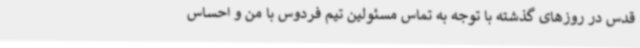
قدس در روزهای گذشته با توجه به تماس مسئولین تیم فردوس با من و احساس